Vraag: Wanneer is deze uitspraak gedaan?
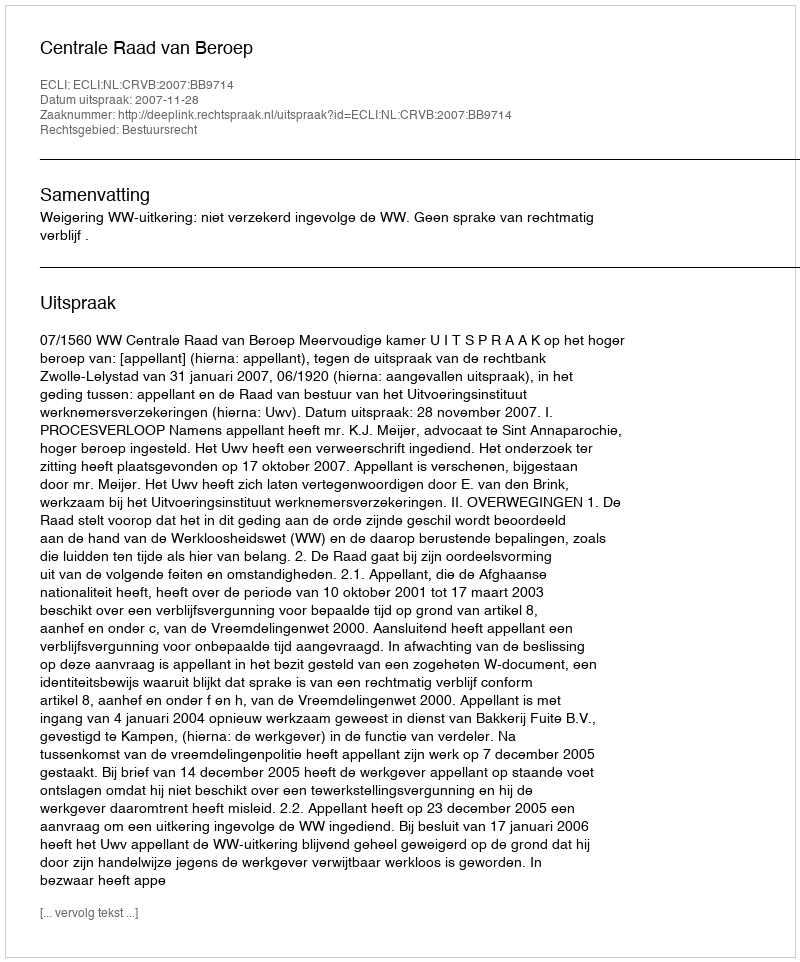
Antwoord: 2007-11-28